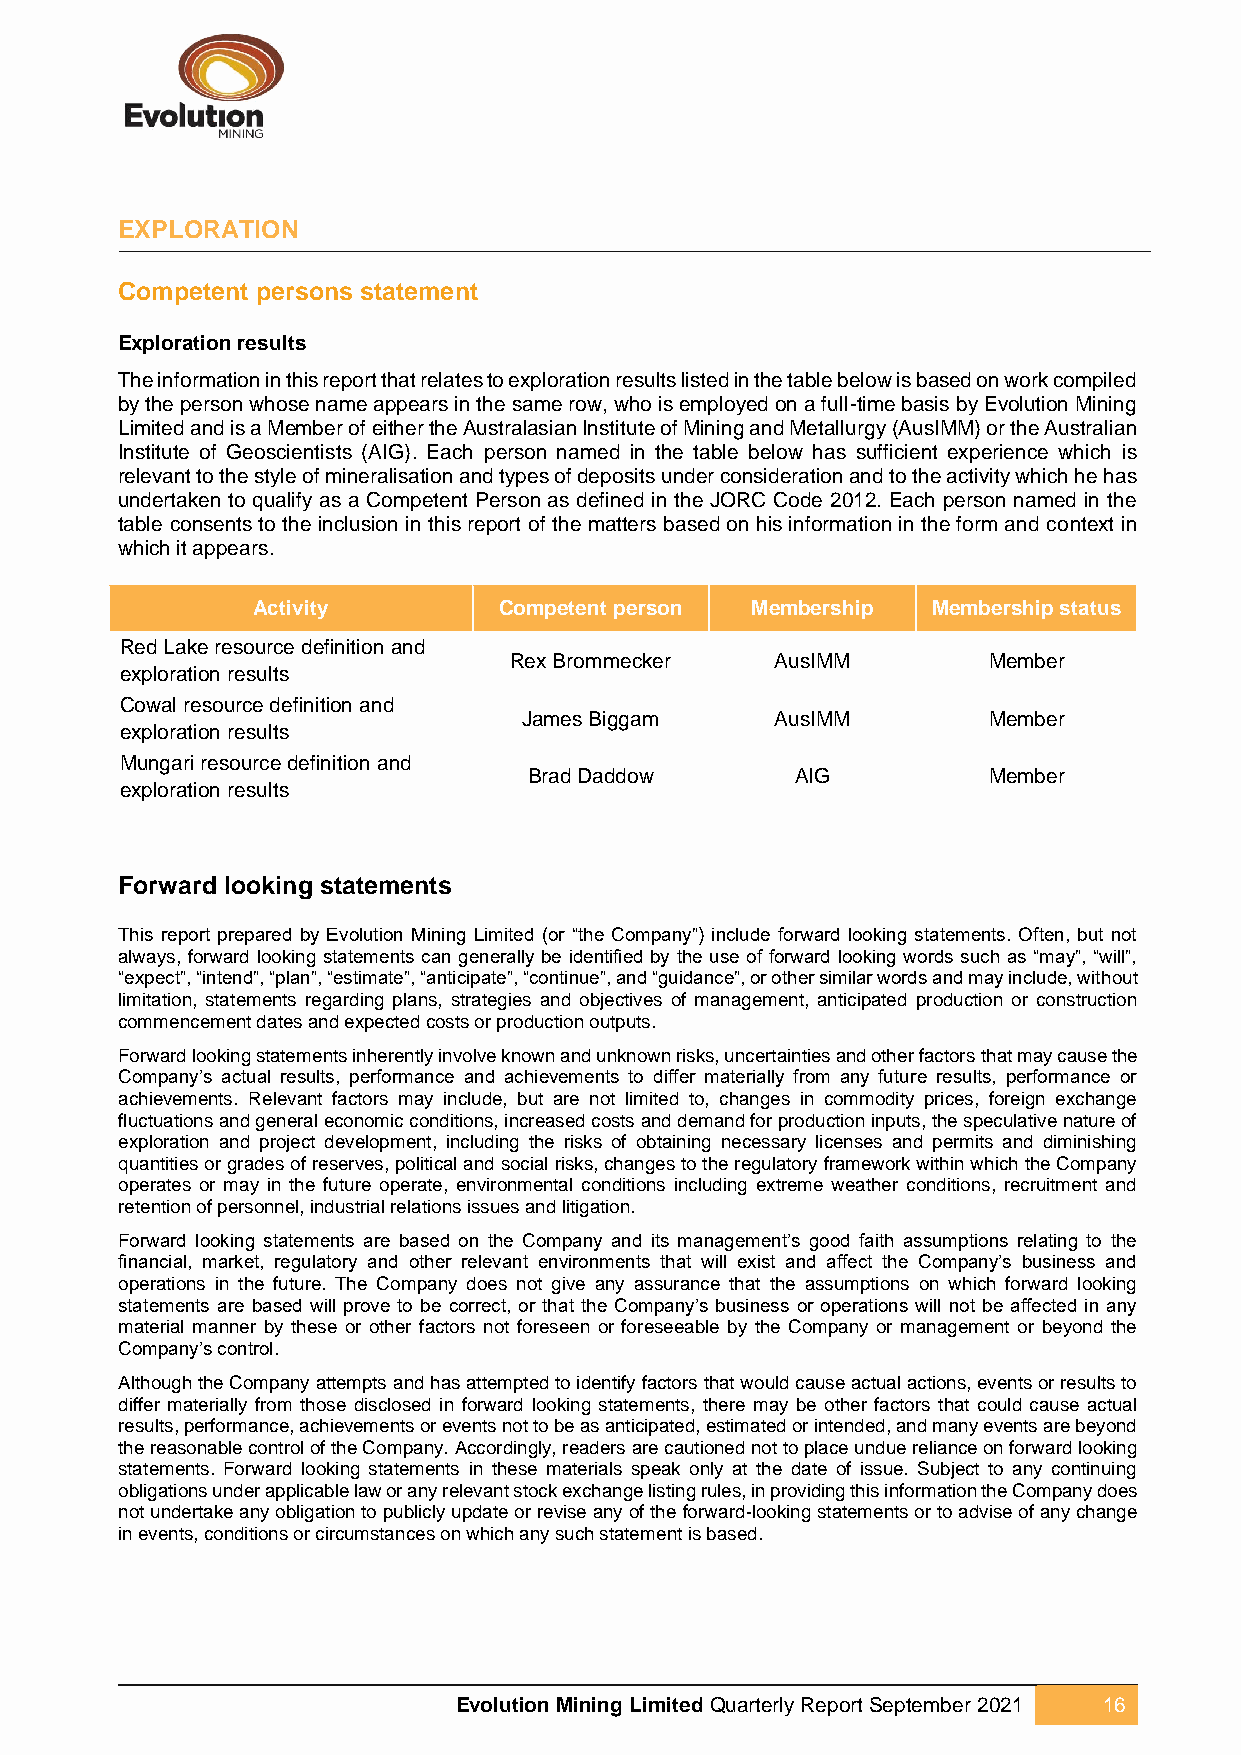
EXPLORATION
 Competent persons statement
 Exploration results
 The information in this report that relates to exploration results listed in the table below is based on work compiled
 by the person whose name appears in the same row, who is employed on a full-time basis by Evolution Mining
 Limited and is a Member of either the Australasian Institute of Mining and Metallurgy (AusIMM) or the Australian
 Institute of Geoscientists (AIG). Each person named in the table below has sufficient experience which is
 relevant to the style of mineralisation and types of deposits under consideration and to the activity which he has
 undertaken to qualify as a Competent Person as defined in the JORC Code 2012. Each person named in the
 table consents to the inclusion in this report of the matters based on his information in the form and context in
 which it appears.
 Activity        Competent person Membership  Membership status
 Red Lake resource definition and
 Rex Brommecker   AusIMM        Member
 exploration results
 Cowal resource definition and
 James Biggam    AusIMM        Member
 exploration results
 Mungari resource definition and
 Brad Daddow       AIG         Member
 exploration results
 Forward looking statements
 This report prepared by Evolution Mining Limited (or “the Company”) include forward looking statements. Often, but not
 always, forward looking statements can generally be identified by the use of forward looking words such as “may”, “will”,
 “expect”, “intend”, “plan”, “estimate”, “anticipate”, “continue”, and “guidance”, or other similar words and may include, without
 limitation, statements regarding plans, strategies and objectives of management, anticipated production or construction
 commencement dates and expected costs or production outputs.
 Forward looking statements inherently involve known and unknown risks, uncertainties and other factors that may cause the
 Company’s actual results, performance and achievements to differ materially from any future results, performance or
 achievements. Relevant factors may include, but are not limited to, changes in commodity prices, foreign exchange
 fluctuations and general economic conditions, increased costs and demand for production inputs, the speculative nature of
 exploration and project development, including the risks of obtaining necessary licenses and permits and diminishing
 quantities or grades of reserves, political and social risks, changes to the regulatory framework within which the Company
 operates or may in the future operate, environmental conditions including extreme weather conditions, recruitment and
 retention of personnel, industrial relations issues and litigation.
 Forward looking statements are based on the Company and its management’s good faith assumptions relating to the
 financial, market, regulatory and other relevant environments that will exist and affect the Company’s business and
 operations in the future. The Company does not give any assurance that the assumptions on which forward looking
 statements are based will prove to be correct, or that the Company’s business or operations will not be affected in any
 material manner by these or other factors not foreseen or foreseeable by the Company or management or beyond the
 Company’s control.
 Although the Company attempts and has attempted to identify factors that would cause actual actions, events or results to
 differ materially from those disclosed in forward looking statements, there may be other factors that could cause actual
 results, performance, achievements or events not to be as anticipated, estimated or intended, and many events are beyond
 the reasonable control of the Company. Accordingly, readers are cautioned not to place undue reliance on forward looking
 statements. Forward looking statements in these materials speak only at the date of issue. Subject to any continuing
 obligations under applicable law or any relevant stock exchange listing rules, in providing this information the Company does
 not undertake any obligation to publicly update or revise any of the forward-looking statements or to advise of any change
 in events, conditions or circumstances on which any such statement is based.
 Evolution Mining Limited Quarterly Report September 2021 16